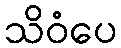
သိဝံပေ